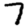
Digit: 7